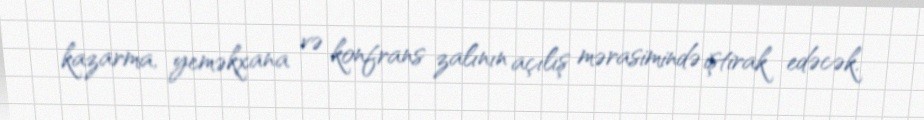
kazarma, yeməkxana və konfrans zalının açılış mərasimində iştirak edəcək.